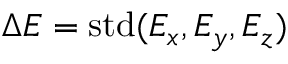
\Delta E = \mathrm { s t d } ( E _ { x } , E _ { y } , E _ { z } )